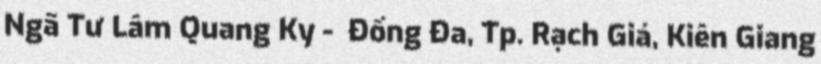
Ngã Tư Lâm Quang Ky -  Đống Đa, Tp. Rạch Giá, Kiên Giang